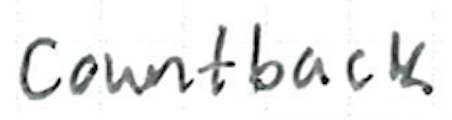
Text: countback
Cross-out: clean
Writing tool: ballpoint